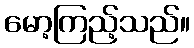
မော့ကြည့်သည်။